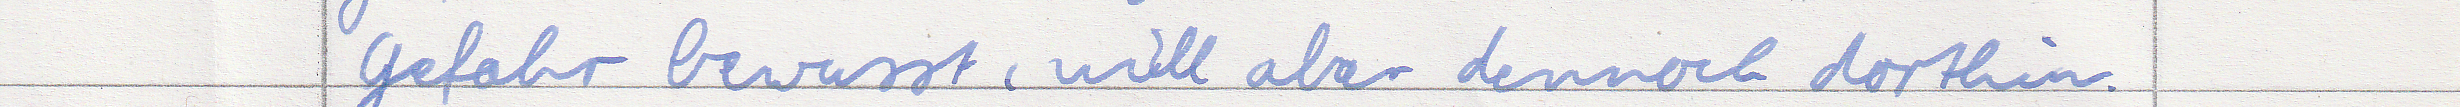
Gefahr bewusst, will aber dennoch dorthin.